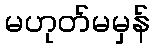
မဟုတ်မမှန်